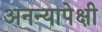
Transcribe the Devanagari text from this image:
अनन्यापेक्षी